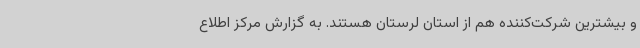
و بیشترین شرکت‌کننده هم از استان لرستان هستند. به گزارش مرکز اطلاع